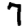
Digit: 7